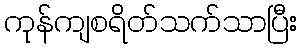
ကုန်ကျစရိတ်သက်သာပြီး